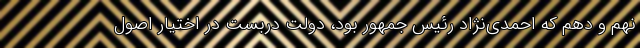
نهم و دهم که احمدی‌نژاد رئیس جمهور بود، دولت دربست در اختیار اصول